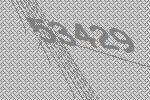
53429